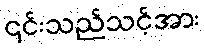
၎င်းသည်သင့်အား